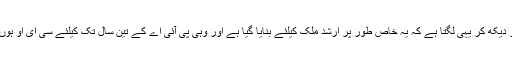
اشتہار دیکھ کر یہی لگتا ہے کہ یہ خاص طور پر ارشد ملک کیلئے بنایا گیا ہے اور وہی پی آئی اے کے تین سال تک کیلئے سی ای او ہوں گے۔